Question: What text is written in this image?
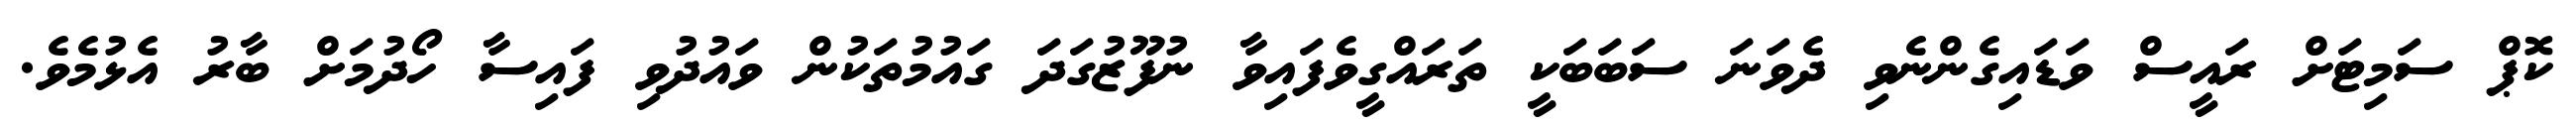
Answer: ކޮޕް ސަމިޓަށް ރައީސް ވަޑައިގެންނެވި ދެވަނަ ސަބަބަކީ ތަރައްގީވެފައިވާ ނުފޫޒުގަދަ ގައުމުތަކުން ވައުދުވި ފައިސާ ހޯދުމަށް ބާރު އެޅުމެވެ.